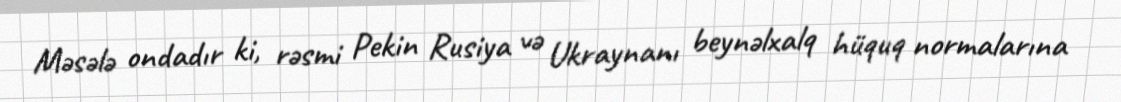
Məsələ ondadır ki, rəsmi Pekin Rusiya və Ukraynanı beynəlxalq hüquq normalarına